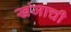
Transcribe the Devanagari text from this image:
खंजाची